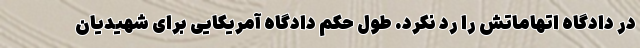
در دادگاه اتهاماتش را رد نکرد. طول حکم دادگاه آمریکایی برای شهیدیان